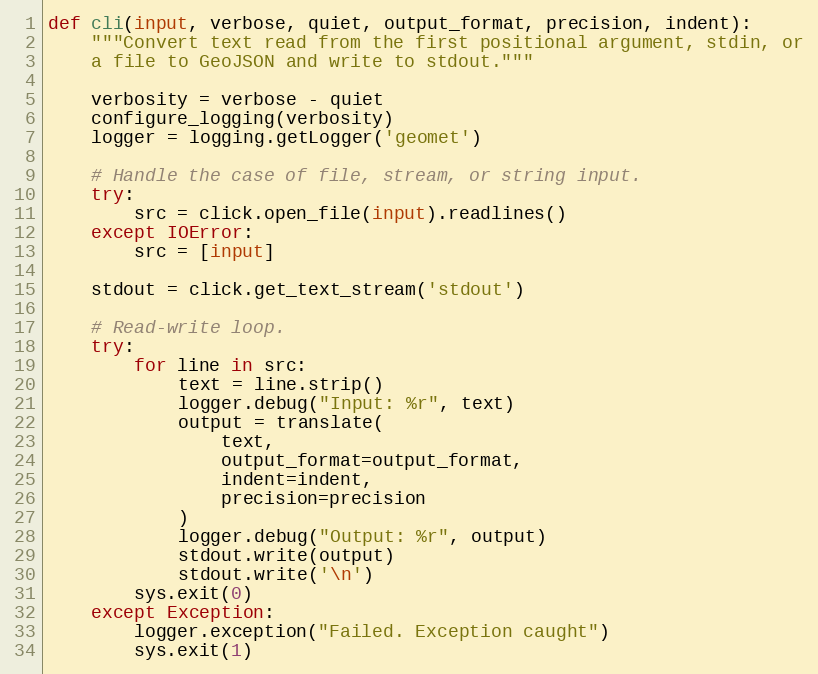
Language: Python
def cli(input, verbose, quiet, output_format, precision, indent):
    """Convert text read from the first positional argument, stdin, or
    a file to GeoJSON and write to stdout."""

    verbosity = verbose - quiet
    configure_logging(verbosity)
    logger = logging.getLogger('geomet')

    # Handle the case of file, stream, or string input.
    try:
        src = click.open_file(input).readlines()
    except IOError:
        src = [input]

    stdout = click.get_text_stream('stdout')

    # Read-write loop.
    try:
        for line in src:
            text = line.strip()
            logger.debug("Input: %r", text)
            output = translate(
                text,
                output_format=output_format,
                indent=indent,
                precision=precision
            )
            logger.debug("Output: %r", output)
            stdout.write(output)
            stdout.write('\n')
        sys.exit(0)
    except Exception:
        logger.exception("Failed. Exception caught")
        sys.exit(1)